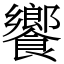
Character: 饗